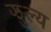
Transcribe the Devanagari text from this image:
झुल्य